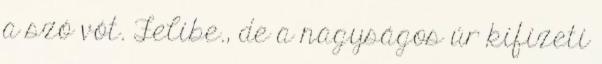
a szó vót. Felibe., de a nagyságos úr kifizeti